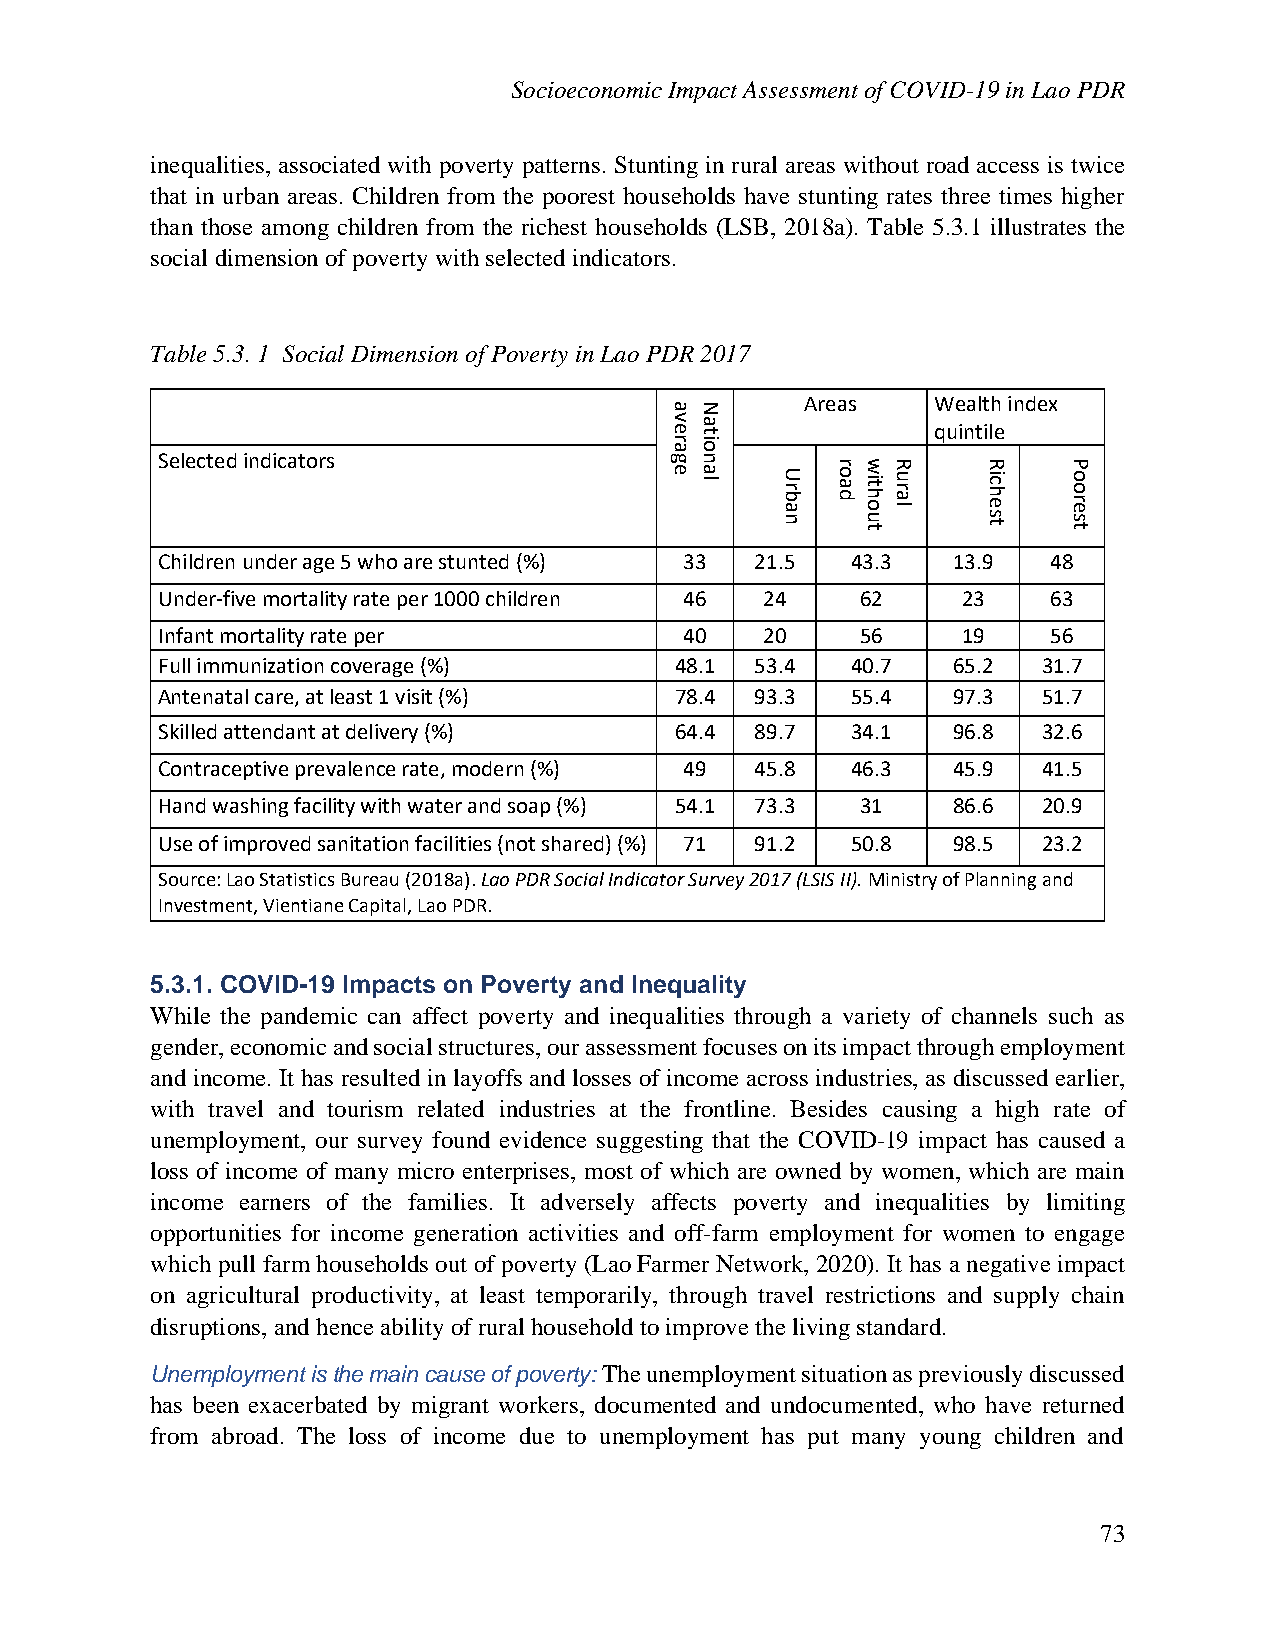
Socioeconomic Impact Assessment of COVID-19 in Lao PDR
 inequalities, associated with poverty patterns. Stunting in rural areas without road access is twice
 that in urban areas. Children from the poorest households have stunting rates three times higher
 than those among children from the richest households (LSB, 2018a). Table 5.3.1 illustrates the
 social dimension of poverty with selected indicators.
 Table 5.3. 1 Social Dimension of Poverty in Lao PDR 2017
 Areas    Wealth index
 aN
 v ea t            quintile
 r aio
 Selected indicators               g en
 a l   U r b a
 n
 r
 o a
 dw
 it h o
 u t
 R
 u r a l
 R
 ic h e
 s t
 P
 o o r e
 s t
 Children under age 5 who are stunted (%) 33 21.5 43.3 13.9  48
 Under-five mortality rate per 1000 children 46 24 62  23    63
 Infant mortality rate per          40    20    56     19    56
 Full immunization coverage (%)     48.1 53.4  40.7   65.2  31.7
 Antenatal care, at least 1 visit (%) 78.4 93.3 55.4  97.3  51.7
 Skilled attendant at delivery (%)  64.4 89.7  34.1   96.8  32.6
 Contraceptive prevalence rate, modern (%) 49 45.8 46.3 45.9 41.5
 Hand washing facility with water and soap (%) 54.1 73.3 31 86.6 20.9
 Use of improved sanitation facilities (not shared) (%) 71 91.2 50.8 98.5 23.2
 Source: Lao Statistics Bureau (2018a). Lao PDR Social Indicator Survey 2017 (LSIS II). Ministry of Planning and
 Investment, Vientiane Capital, Lao PDR.
 5.3.1. COVID-19 Impacts on Poverty and Inequality
 While the pandemic can affect poverty and inequalities through a variety of channels such as
 gender, economic and social structures, our assessment focuses on its impact through employment
 and income. It has resulted in layoffs and losses of income across industries, as discussed earlier,
 with travel and tourism related industries at the frontline. Besides causing a high rate of
 unemployment, our survey found evidence suggesting that the COVID-19 impact has caused a
 loss of income of many micro enterprises, most of which are owned by women, which are main
 income earners of the families. It adversely affects poverty and inequalities by limiting
 opportunities for income generation activities and off-farm employment for women to engage
 which pull farm households out of poverty (Lao Farmer Network, 2020). It has a negative impact
 on agricultural productivity, at least temporarily, through travel restrictions and supply chain
 disruptions, and hence ability of rural household to improve the living standard.
 Unemployment is the main cause of poverty: The unemployment situation as previously discussed
 has been exacerbated by migrant workers, documented and undocumented, who have returned
 from abroad. The loss of income due to unemployment has put many young children and
 73